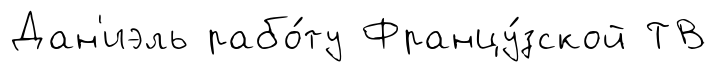
Дан'иэль рабо́ту Францу́зской ТВ